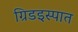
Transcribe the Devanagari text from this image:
ग्रिडइस्पात